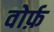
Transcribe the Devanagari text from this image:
वोर्फ़